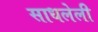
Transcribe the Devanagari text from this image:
साधलेली